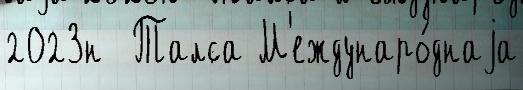
2023н  Талса М'еждунаро́днаjа